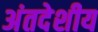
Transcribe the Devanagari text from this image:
अंतदेशीय